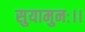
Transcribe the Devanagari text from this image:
सुयामुनः।।